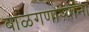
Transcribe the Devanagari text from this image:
बाळगणाऱ्यांना